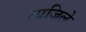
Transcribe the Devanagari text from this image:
त्यजिले